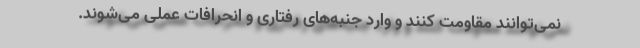
نمی‌توانند مقاومت کنند و وارد جنبه‌های رفتاری و انحرافات عملی می‌شوند.